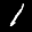
Label: 1